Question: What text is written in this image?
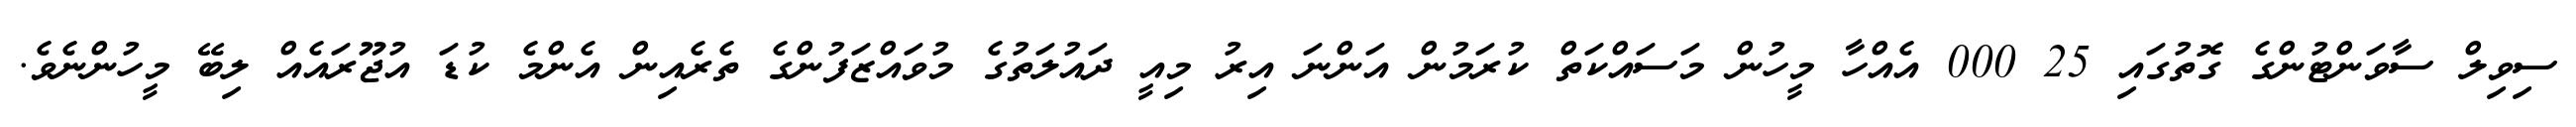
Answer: ސިވިލް ސާވަންޓުންގެ ގޮތުގައި 25 000 އެއްހާ މީހުން މަސައްކަތް ކުރަމުން އަންނަ އިރު މިއީ ދައުލަތުގެ މުވައްޒަފުންގެ ތެރެއިން އެންމެ ކުޑަ އުޖޫރައެއް ލިބޭ މީހުންނެވެ.